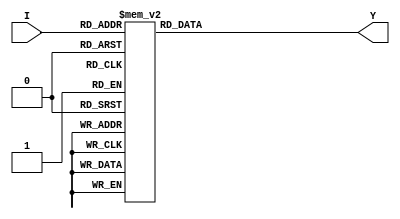
module bin2seg(I,Y);
    input [3:0] I;
    output reg [6:0]Y;
 
    always @(I)
    begin
     case(I)
     4'b0000: Y = 7'b0000001; // "0"  
     4'b0001: Y = 7'b1001111; // "1" 
     4'b0010: Y = 7'b0010010; // "2" 
     4'b0011: Y = 7'b0000110; // "3" 
     4'b0100: Y = 7'b1001100; // "4" 
     4'b0101: Y = 7'b0100100; // "5" 
     4'b0110: Y = 7'b0100000; // "6" 
     4'b0111: Y = 7'b0001111; // "7" 
     4'b1000: Y = 7'b0000000; // "8"  
     4'b1001: Y = 7'b0000100; // "9" 
     4'b1001: Y = 7'b0001000; // "A" 
     4'b1010: Y = 7'b1100000; // "B" 
     4'b1011: Y = 7'b0110001; // "C" 
     4'b1101: Y = 7'b0111101; // "D" 
     4'b1110: Y = 7'b1001111; // "E" 
     4'b1111: Y = 7'b0111000; // "F" 
     
     default: Y = 7'b1111110; // "0"  
     endcase
    end
    
endmodule